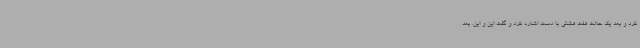
کرد و بعد یک حالت هفت هشتی با دست‌ اشاره کرد و گفت این و این. بعد